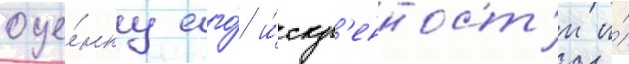
оце́нку его́ и́скр'енност'и и́